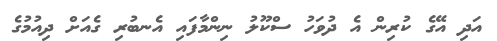
އަދި އޭގެ ކުރިން އެ ދުވަހު ސްކޫލު ނިންމާފައި އެނބުރި ގެއަށް ދިއުމުގެ